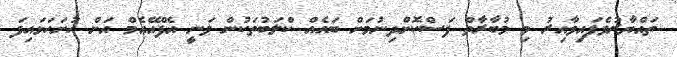
ތައްޔާރުވެފައިވާއިރު މި މުބާރާތް ފަސްކޮށްދިނުމަށް ބައެއް ކްލަބުތަކުން ވަނީ އެފްއޭއެމް އަށް ހުށަހަޅައިފަ